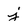
Character: j